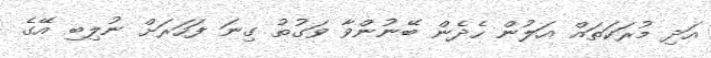
އަދި މުރަކަތައް އަލުން ހެދެން ބޭނުންވާ ވަގުތު ގިނަ ފަހަރަށް ނުލިބި އޭގެ